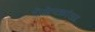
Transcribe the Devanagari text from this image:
रोज़ेनक्रांत्ज़